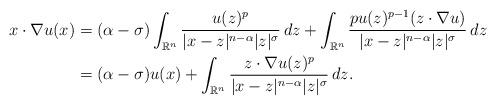
LaTeX: \begin{align*}x\cdot \nabla u(x) = {} & (\alpha - \sigma)\int_{\mathbb{R}^n}\frac{u(z)^p}{|x-z|^{n-\alpha}|z|^{\sigma}}\,dz + \int_{\mathbb{R}^n} \frac{p u(z)^{p-1}(z\cdot \nabla u)}{|x-z|^{n-\alpha}|z|^{\sigma}}\,dz \\= {} & (\alpha - \sigma)u(x) + \int_{\mathbb{R}^n} \frac{z\cdot \nabla u(z)^{p}}{|x-z|^{n-\alpha}|z|^{\sigma}}\,dz.\end{align*}